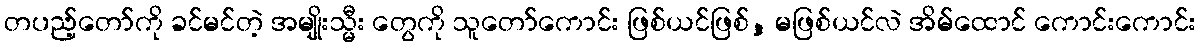
တပည့်တော်ကို ခင်မင်တဲ့ အမျိုးသ္မီး တွေကို သူတော်ကောင်း ဖြစ်ယင်ဖြစ်, မဖြစ်ယင်လဲ အိမ်ထောင် ကောင်းကောင်း